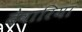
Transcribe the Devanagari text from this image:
देवारिया